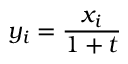
y _ { i } = { \frac { x _ { i } } { 1 + t } }